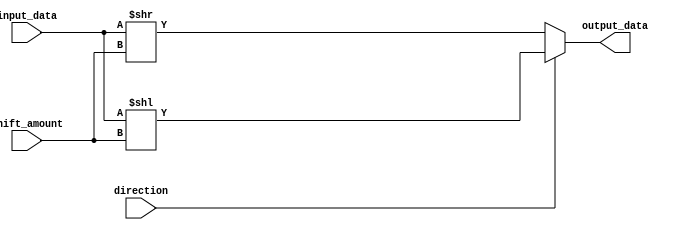
module barrel_shifter (
    input wire [7:0] input_data,
    input wire [2:0] shift_amount,
    input wire direction, // 0 for right shift, 1 for left shift
    output reg [7:0] output_data
);

always @ (input_data or shift_amount or direction)
begin
    if (direction == 0) // right shift
        output_data = input_data >> shift_amount;
    else // left shift
        output_data = input_data << shift_amount;
end

endmodule